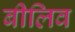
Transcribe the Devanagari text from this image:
बीलिव